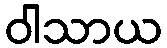
ဝါသာယ